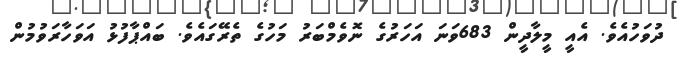
ދުވަހުއެވެ. އެއީ މީލާދީން 683ވަނަ އަހަރުގެ ނޮވެމްބަރު މަހުގެ ތެރޭގައެވެ. ބައްޕާފުޅު އަވަހާރަވުމުން